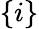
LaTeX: \{ i\}